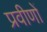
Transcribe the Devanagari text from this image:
प्रवीणों